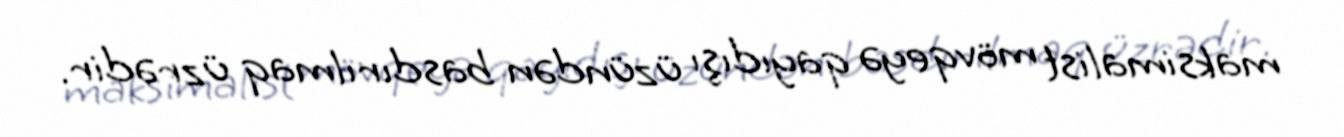
maksimalist mövqeyə qayıdışı üzündən basdırılmaq üzrədir.